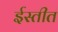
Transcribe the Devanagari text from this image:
ईस्तीत